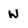
Character: W